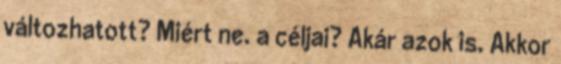
változhatott? Miért ne. a céljai? Akár azok is. Akkor